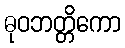
ဓုဝဘတ္တိကော